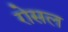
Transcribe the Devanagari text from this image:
रोसल